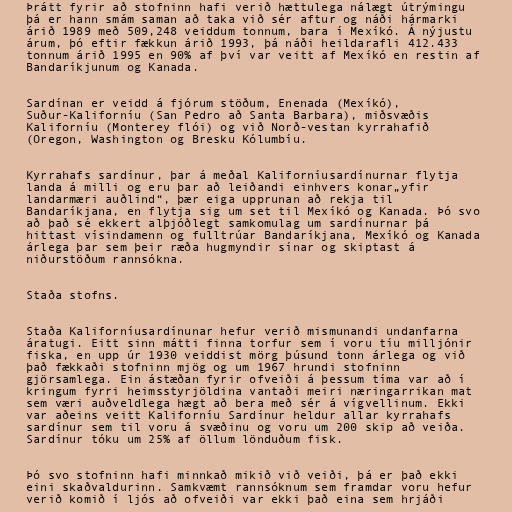
Þrátt fyrir að stofninn hafi verið hættulega nálægt útrýmingu
þá er hann smám saman að taka við sér aftur og náði hármarki
árið 1989 með 509,248 veiddum tonnum, bara í Mexíkó. Á nýjustu
árum, þó eftir fækkun árið 1993, þá náði heildarafli 412.433
tonnum árið 1995 en 90% af því var veitt af Mexíkó en restin af
Bandaríkjunum og Kanada.

Sardínan er veidd á fjórum stöðum, Enenada (Mexíkó),
Suður-Kaliforníu (San Pedro að Santa Barbara), miðsvæðis
Kaliforníu (Monterey flói) og við Norð-vestan kyrrahafið
(Oregon, Washington og Bresku Kólumbíu.

Kyrrahafs sardínur, þar á meðal Kaliforníusardínurnar flytja
landa á milli og eru þar að leiðandi einhvers konar„yfir
landarmæri auðlind“, þær eiga upprunan að rekja til
Bandaríkjana, en flytja sig um set til Mexíkó og Kanada. Þó svo
að það sé ekkert alþjóðlegt samkomulag um sardínurnar þá
hittast vísindamenn og fulltrúar Bandaríkjana, Mexíkó og Kanada
árlega þar sem þeir ræða hugmyndir sínar og skiptast á
niðurstöðum rannsókna.

Staða stofns.

Staða Kaliforníusardínunar hefur verið mismunandi undanfarna
áratugi. Eitt sinn mátti finna torfur sem í voru tíu milljónir
fiska, en upp úr 1930 veiddist mörg þúsund tonn árlega og við
það fækkaði stofninn mjög og um 1967 hrundi stofninn
gjörsamlega. Ein ástæðan fyrir ofveiði á þessum tíma var að í
kringum fyrri heimsstyrjöldina vantaði meiri næringarrikan mat
sem væri auðveldlega hægt að bera með sér á vígvellinum. Ekki
var aðeins veitt Kaliforníu Sardínur heldur allar kyrrahafs
sardínur sem til voru á svæðinu og voru um 200 skip að veiða.
Sardínur tóku um 25% af öllum lönduðum fisk.

Þó svo stofninn hafi minnkað mikið við veiði, þá er það ekki
eini skaðvaldurinn. Samkvæmt rannsóknum sem framdar voru hefur
verið komið í ljós að ofveiði var ekki það eina sem hrjáði